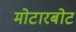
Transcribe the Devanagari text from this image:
मोटारबोट